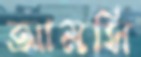
আমসি